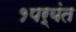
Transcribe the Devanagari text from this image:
१पर्यंत